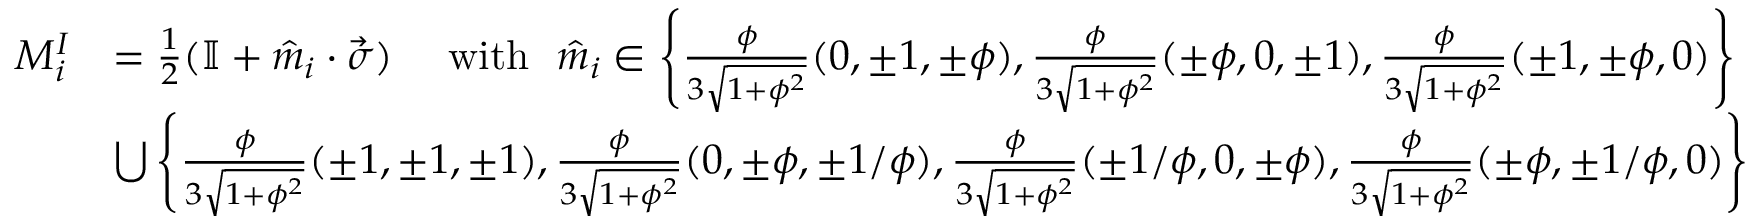
\begin{array} { r l } { { M } _ { i } ^ { I } } & { = \frac { 1 } { 2 } ( \mathbb { I } + \hat { m } _ { i } \cdot \vec { \sigma } ) ~ ~ ~ ~ \mathrm { w i t h } ~ ~ \hat { m } _ { i } \in \left\{ { \frac { \phi } { 3 \sqrt { 1 + \phi ^ { 2 } } } } ( 0 , \pm 1 , \pm \phi ) , { \frac { \phi } { 3 \sqrt { 1 + \phi ^ { 2 } } } } ( \pm \phi , 0 , \pm 1 ) , { \frac { \phi } { 3 \sqrt { 1 + \phi ^ { 2 } } } } ( \pm 1 , \pm \phi , 0 ) \right\} } \\ & { \bigcup \left\{ \frac { \phi } { 3 \sqrt { 1 + \phi ^ { 2 } } } ( \pm 1 , \pm 1 , \pm 1 ) , \frac { \phi } { 3 \sqrt { 1 + \phi ^ { 2 } } } ( 0 , \pm \phi , \pm 1 / \phi ) , \frac { \phi } { 3 \sqrt { 1 + \phi ^ { 2 } } } ( \pm 1 / \phi , 0 , \pm \phi ) , \frac { \phi } { 3 \sqrt { 1 + \phi ^ { 2 } } } ( \pm \phi , \pm 1 / \phi , 0 ) \right\} } \end{array}